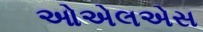
ઓએલએસ